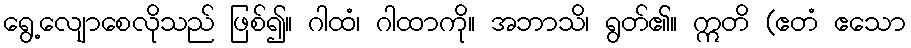
ရွေ့လျောစေလိုသည် ဖြစ်၍။ ဂါထံ၊ ဂါထာကို။ အဘာသိ၊ ရွတ်၏။ ဣတိ (ဧတံ ဧသော